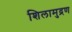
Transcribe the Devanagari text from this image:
शिलामुद्रण